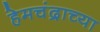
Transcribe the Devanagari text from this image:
हेमचंद्राच्या